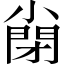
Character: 𡮣